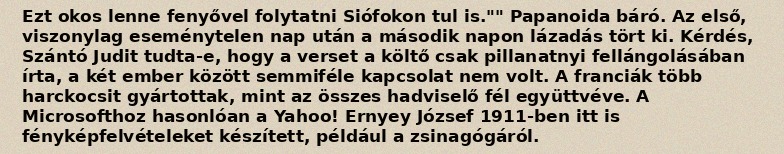
Ezt okos lenne fenyővel folytatni Siófokon tul is."" Papanoida báró. Az első, viszonylag eseménytelen nap után a második napon lázadás tört ki. Kérdés, Szántó Judit tudta-e, hogy a verset a költő csak pillanatnyi fellángolásában írta, a két ember között semmiféle kapcsolat nem volt. A franciák több harckocsit gyártottak, mint az összes hadviselő fél együttvéve. A Microsofthoz hasonlóan a Yahoo! Ernyey József 1911-ben itt is fényképfelvételeket készített, például a zsinagógáról.